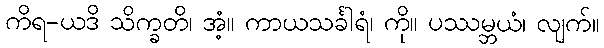
ကိရ-ယဒိ သိက္ခတိ၊ အံ့။ ကာယသင်္ခါရံ၊ ကို။ ပဿမ္ဘယံ၊ လျက်။